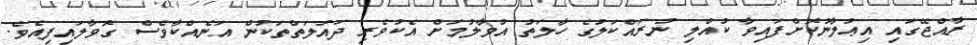
ރާއްޖޭގައި އިޢުލާނުކޮށްފައިވާ ކުއްލި ނުރައްކަލުގެ ހާލަތު އުވާލުމަށް އެކުވެރި ދައުލަތްތަކުން އަނެއްކާވެސް ގޮވާލައިފިއެވެ.